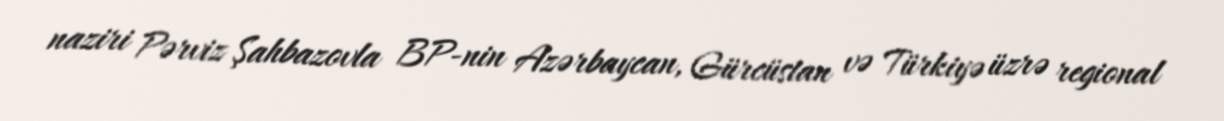
naziri Pərviz Şahbazovla BP-nin Azərbaycan, Gürcüstan və Türkiyə üzrə regional